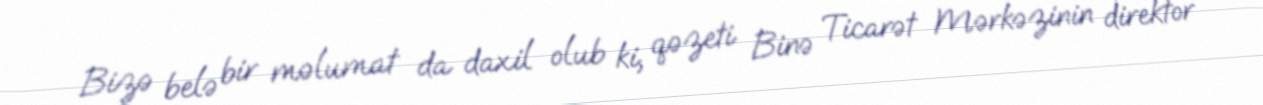
Bizə belə bir məlumat da daxil olub ki, qəzeti Binə Ticarət Mərkəzinin direktor